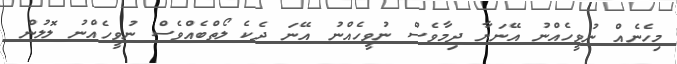
މިހެނެއް ނުވީހެއްނު އޭނަޔާ ދިމާވެސް ނުވީހެއްނު އޭނަ ދެކެ ލޯތްބެއްވެސް ނުވީހެއްނު ލޮލުން